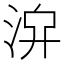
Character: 𣴁